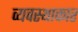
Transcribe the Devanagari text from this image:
व्यवस्थाकार